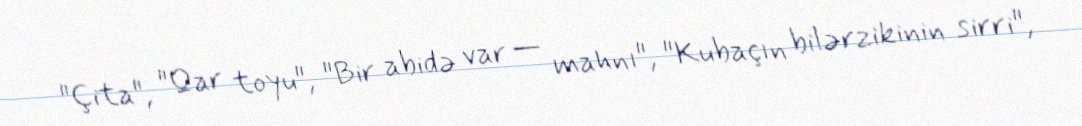
"Çita", "Qar toyu", "Bir abidə var — mahnı", "Kubaçın bilərzikinin sirri",